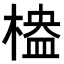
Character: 𣖮